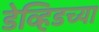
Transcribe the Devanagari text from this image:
डेव्हिडच्या